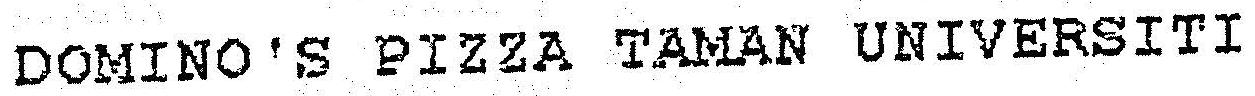
DOMINO'S PIZZA TAMAN UNIVERSITI